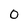
Character: O